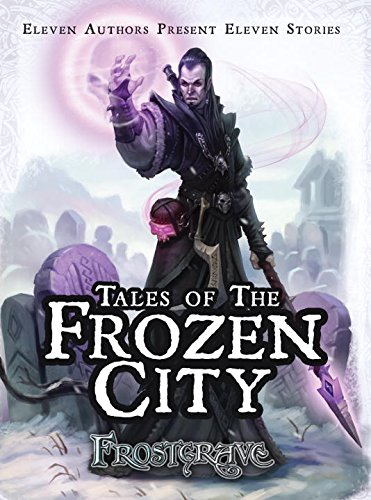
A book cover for Frostgrave - Tales of the Frozen City; Joseph McCullough; Science Fiction & Fantasy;